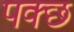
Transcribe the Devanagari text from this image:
पक्छ